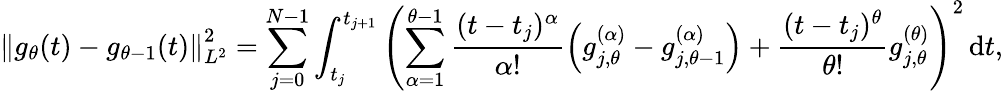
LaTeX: \left\lVert g_{\theta}(t)-g_{\theta-1}(t)\right\rVert_{L^{2}}^{2}=\sum_{j=0}^{N-1}\int_{t_{j}}^{t_{j+1}}\left(\sum_{\alpha=1}^{\theta-1}\frac{(t-t_{j})^{\alpha}}{\alpha!}\left(g_{j,\theta}^{(\alpha)}-g_{j,\theta-1}^{(\alpha)}\right)+\frac{(t-t_{j})^{\theta}}{\theta!}g_{j,\theta}^{(\theta)}\right)^{2}\, \mathrm{d}t,